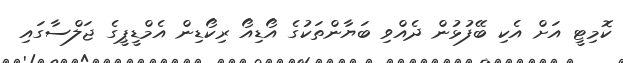
ކޮމިޓީ އަށް އެކި ބޭފުޅުން ދެއްވި ބަޔާންތަކުގެ އޯޑިއޯ ރިކޯޑިން އެމްޑީޕީގެ ޖަލްސާގައި